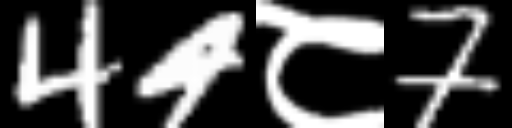
Text: 44८7